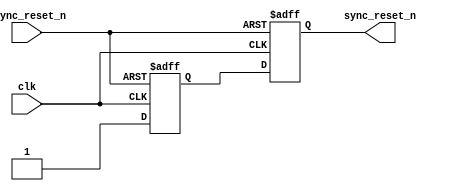
module async_reset_synchronizer (
    input wire clk,              // Clock input
    input wire async_reset_n,    // Asynchronous reset input (active low)
    output reg sync_reset_n      // Synchronized reset output (active low)
);

// Internal registers for synchronizer flip-flops
reg ff1, ff2;

// Asynchronous reset handling with synchronization
always @(posedge clk or negedge async_reset_n) begin
    if (!async_reset_n) begin
        // If asynchronous reset is asserted, reset both flip-flops
        ff1 <= 1'b0;
        ff2 <= 1'b0;
    end else begin
        // Sample the async reset into the first flip-flop
        ff1 <= 1'b1; // This will sample the state when reset is deasserted
        ff2 <= ff1;  // Second flip-flop synchronizes the output
    end
end

// Assign the synchronized reset output
assign sync_reset_n = ff2;

endmodule